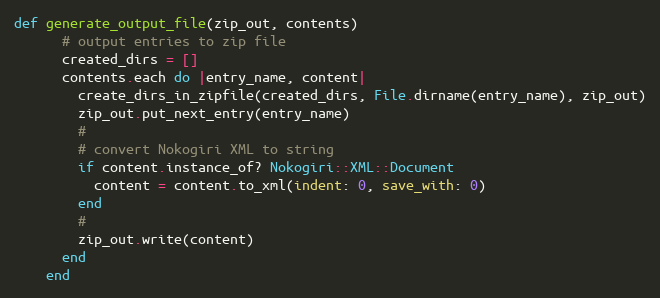
Language: Ruby
def generate_output_file(zip_out, contents)
      # output entries to zip file
      created_dirs = []
      contents.each do |entry_name, content|
        create_dirs_in_zipfile(created_dirs, File.dirname(entry_name), zip_out)
        zip_out.put_next_entry(entry_name)
        #
        # convert Nokogiri XML to string
        if content.instance_of? Nokogiri::XML::Document
          content = content.to_xml(indent: 0, save_with: 0)
        end
        #
        zip_out.write(content)
      end
    end